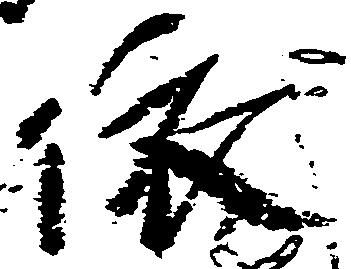
依